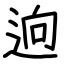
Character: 逈